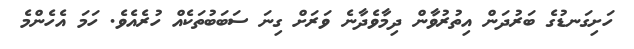
ހަށިގަނޑުގެ ބަރުދަން އިތުރުވާން ދިމާވެދާނެ ވަރަށް ގިނަ ސަބަބުތަކެއް ހުރެއެވެ. ހަމަ އެހެންމެ